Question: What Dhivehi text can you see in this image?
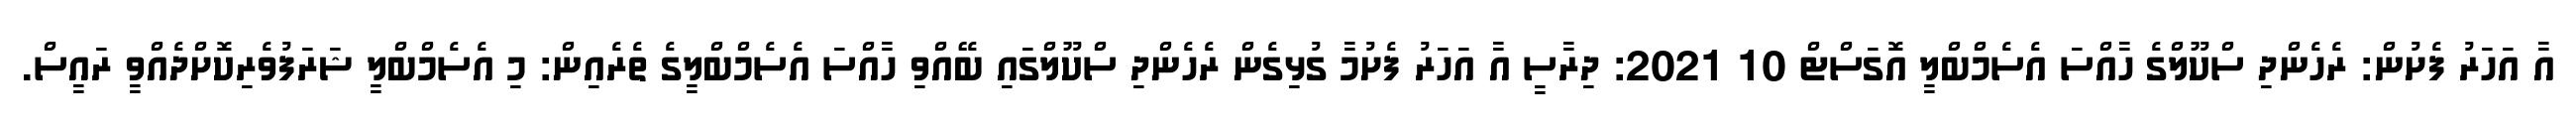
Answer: އާ އަހަރު ފެށުން: ރެހެންދި ސްކޫލްގެ ހާއްސަ އެސެމްބްލީ އޮގަސްޓް 10 2021: ދިރާސީ އާ އަހަރު ފެށުމާ ގުޅިގެން ރެހެންދި ސްކޫލްގައި ބޭއްވި ހާއްސަ އެސެމްބްލީގެ ތެރެއިން: މި އެސެމްބްލީ ޝަރަފުވެރިކޮށްދެއްވީ ރައީސް.